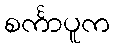
စင်္ကာပူက